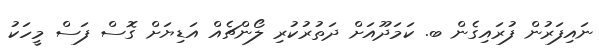
ނައިފަރުން ފުރައިގެން ބ. ކަމަދޫއަށް ދަތުރުކުރި ލޯންޗެއް އަޑިޔަށް ގޮސް ފަސް މީހަކު